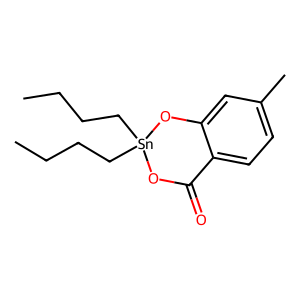
SMILES: CCCC[Sn]1(CCCC)OC(=O)c2ccc(C)cc2O1
Inhibits HIV replication: No